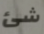
شئ